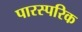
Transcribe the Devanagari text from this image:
पारस्‍परिक